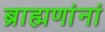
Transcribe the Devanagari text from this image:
ब्राह्मणांनां